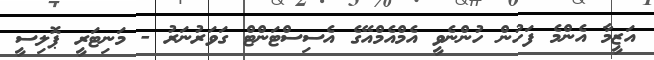
އަޒީމާ އެންމެ ފަހުން ހުންނެވީ އެމްއެމްއޭގެ އެސިސްޓަންޓް ގަވަރުނަރު - މަނިޓަރީ ޕޮލިސީ